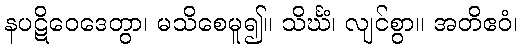
နပဋိဝေဒေတွာ၊ မသိစေမူ၍။ သိင်္ဃံ၊ လျင်စွာ။ အတိဧဝံ၊